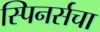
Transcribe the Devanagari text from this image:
स्पिनर्सचा